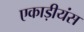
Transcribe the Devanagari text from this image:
एकाड़ीयंस